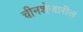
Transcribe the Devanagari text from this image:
चीनशेजारील